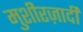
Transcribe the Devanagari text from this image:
मुशीरज़ादी